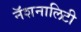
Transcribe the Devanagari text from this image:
नॅशनालिटी